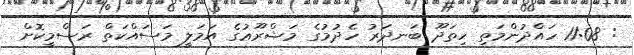
: 11:08 ހައްދުންމަތި ހިތަދޫ ބަނދަރު ހެދުމުގެ މަޝްރޫޢުގެ އަމަލީ މަސައްކަތް ރަސްމީކޮށް